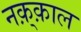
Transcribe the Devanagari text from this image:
नक़्क़ाल